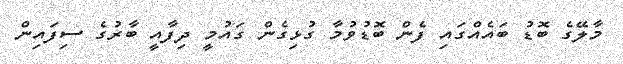
މާލޭގެ ބޮޑު ބައެއްގައި ފެން ބޮޑުވުމާ ގުޅިގެން ގައުމީ ދިފާއީ ބާރުގެ ސިފައިން